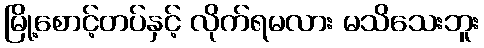
မြို့စောင့်တပ်နှင့် လိုက်ရမလား မသိသေးဘူး